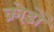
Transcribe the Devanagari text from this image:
क्रोड़ों